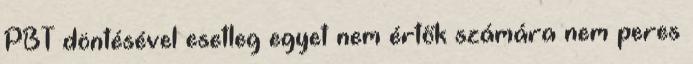
PBT döntésével esetleg egyet nem értők számára nem peres